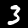
Label: 3